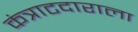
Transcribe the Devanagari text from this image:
कंत्राटदाराला